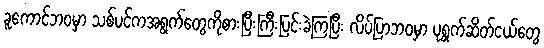
ခူကောင်ဘဝမှာ သစ်ပင်ကအရွက်တွေကိုစားပြီးကြီးပြင်းခဲ့ကြပြီး လိပ်ပြာဘဝမှာ ပုရွက်ဆိတ်ငယ်တွေ